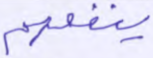
ينفعهم